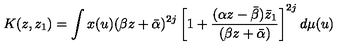
K ( z , z _ { 1 } ) = \int x ( u ) ( \beta z + \bar { \alpha } ) ^ { 2 j } \left[ 1 + \frac { ( \alpha z - \bar { \beta } ) \bar { z } _ { 1 } } { ( \beta z + \bar { \alpha } ) } \right] ^ { 2 j } d \mu ( u )